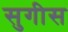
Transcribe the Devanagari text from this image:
सुगीस